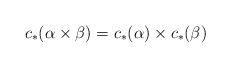
\begin{align*} c_*(\alpha \times \beta)= c_*(\alpha)\times c_*(\beta)\end{align*}